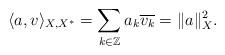
LaTeX: \begin{align*}\langle a,v\rangle_{X,X^\ast}=\sum_{k\in\mathbb{Z}}a_k\overline{v_k}=\|a\|_X^2.\end{align*}